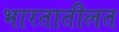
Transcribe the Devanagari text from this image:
भारतातीलत